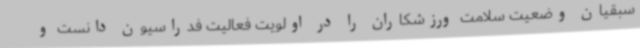
سبقیان وضعیت سلامت ورزشکاران را در اولویت فعالیت فدراسیون دانست و